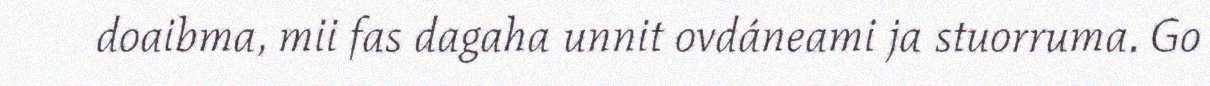
doaibma, mii fas dagaha unnit ovdáneami ja stuorruma. Go